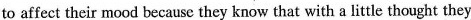
to affect their mood becausc they know that with a little thought they